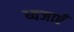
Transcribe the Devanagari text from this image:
ध्वजाएँ